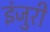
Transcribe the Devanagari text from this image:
इंजुरी